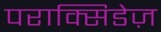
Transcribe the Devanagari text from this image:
पराक्सिडेज़